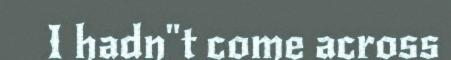
I hadn"t come across